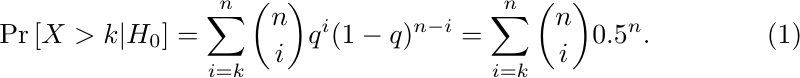
\begin{equation}
	\label{eq:hypothesis-test}
	\mathrm{Pr}\left[ X > k | H_0 \right] = \sum_{i=k}^n \binom{n}{i} q^i (1-q)^{n-i} = \sum_{i=k}^n \binom{n}{i} 0.5^n.
\end{equation}